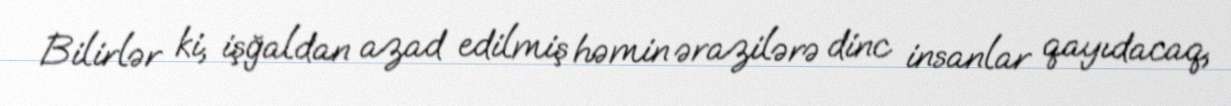
Bilirlər ki, işğaldan azad edilmiş həmin ərazilərə dinc insanlar qayıdacaq,